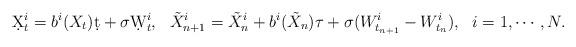
LaTeX: \begin{align*}\d X_t^i = b^i(X_t)\d t + \sigma\d W_t^i,~~\tilde X_{n+1}^i = \tilde X_n^i + b^i(\tilde X_n)\tau + \sigma (W_{t_{n+1}}^i-W_{t_n}^i),~~i=1,\cdots,N.\end{align*}